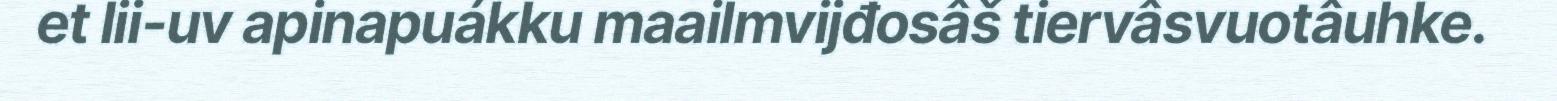
et lii-uv apinapuákku maailmvijđosâš tiervâsvuotâuhke.